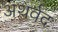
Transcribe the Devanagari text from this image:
अथर्वद